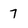
Character: 7